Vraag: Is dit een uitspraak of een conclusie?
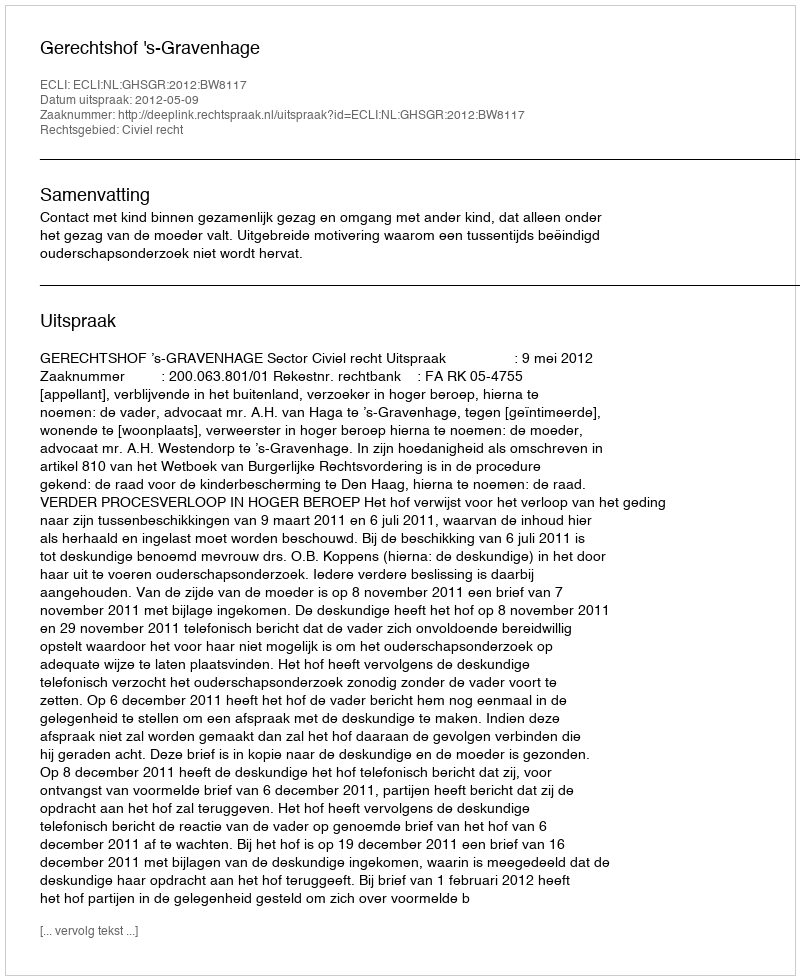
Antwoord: Uitspraak